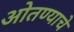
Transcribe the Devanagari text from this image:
ओतण्याचे